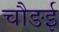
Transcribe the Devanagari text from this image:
चौङई